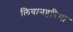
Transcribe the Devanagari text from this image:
लियानहरिमा